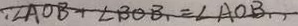
\because \angle A O B + \angle B O B _ { 1 } = \angle A O B _ { 1 } ,